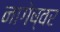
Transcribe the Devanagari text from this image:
नागेष्वर